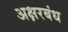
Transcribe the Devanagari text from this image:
अक्षरबंध